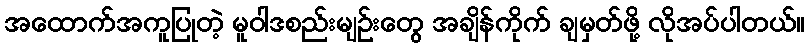
အထောက်အကူပြုတဲ့ မူဝါဒစည်းမျဉ်းတွေ အချိန်ကိုက် ချမှတ်ဖို့ လိုအပ်ပါတယ်။